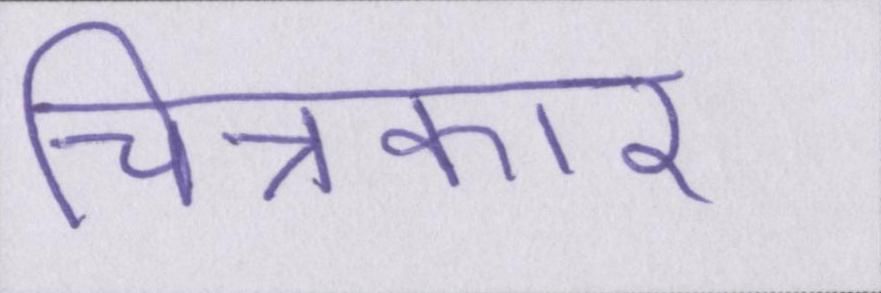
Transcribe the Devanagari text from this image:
चित्रकार